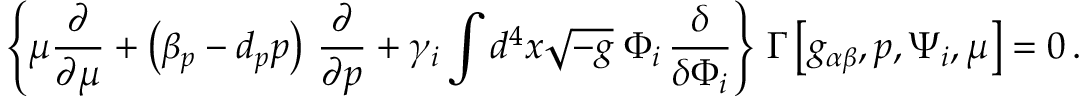
\left\{ \mu \frac { \partial } { \partial \mu } + \left( \beta _ { p } - d _ { p } p \right) \, \frac { \partial } { \partial p } + \gamma _ { i } \int d ^ { 4 } x \sqrt { - g } \; \Phi _ { i } \, \frac { \delta } { \delta \Phi _ { i } } \right\} \, \Gamma \left[ g _ { \alpha \beta } , p , \Psi _ { i } , \mu \right] = 0 \, .